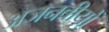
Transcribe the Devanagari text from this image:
अजनबीयों